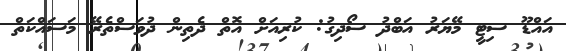
އައްޑޫ ސިޓީ މޭޔަރު އަބްދު ސޯދިގު: ކުރިއަށް އޮތް ދެތިން ދުވަސްތެރޭ މަސައްކަތް